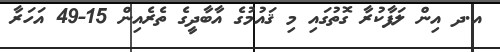
އ.ދ އިން ލަފާކުރާ ގޮތުގައި މި ޤައުމުގެ އާބާދީގެ ތެރެއިން 15-49 އަހަރާ